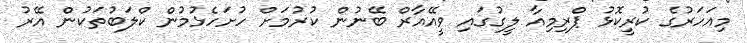
މިއަހަރުގެ ކުރީކޮޅު ޕްރިމިއާ ލީގުގައި ވީއޭއާރް ބޭނުން ކުރުމަށް ހުށަހެޅުމުން ކްލަބުތަކުން އޭރު